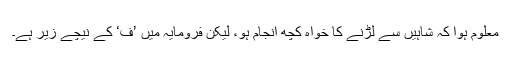
معلوم ہوا کہ شاہیں سے لڑنے کا خواہ کچھ انجام ہو، لیکن فرومایہ میں ’ف‘ کے نیچے زیر ہے۔